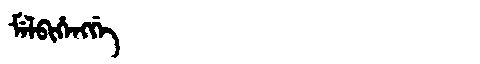
Manchu: ᠮᡝᠯᠪᡳᡥᡝᠩᡤᡝ
Romanization: MELBIHENGGE